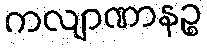
ကလျာဏာနဉ္စ